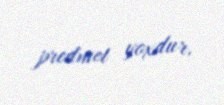
predmet yoxdur.